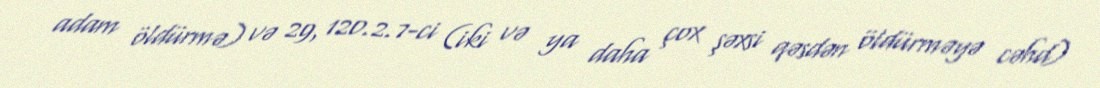
adam öldürmə) və 29, 120.2.7-ci (iki və ya daha çox şəxsi qəsdən öldürməyə cəhd)